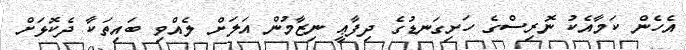
އެހެން ކަމާއެކު ނޮރިސްގެ ހަށިގަނޑުގެ ދިފާޢީ ނިޒާމުން އަލަށް ލެއްވި ބައިތަކާ ދެކޮޅަށް